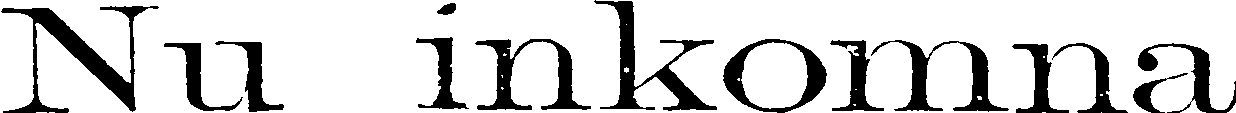
Nu inkomna